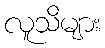
လူသိများ